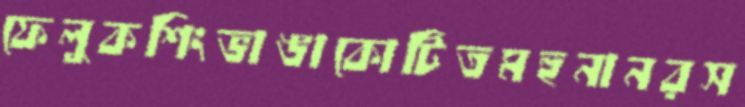
ফেলুকশিংভাঙাকোটিতমহুনানরস